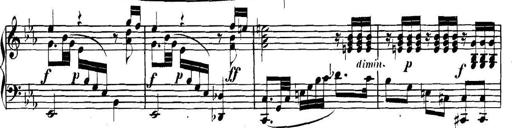
Title: Collected Piano Sonatas
Composer: Muzio Clementi